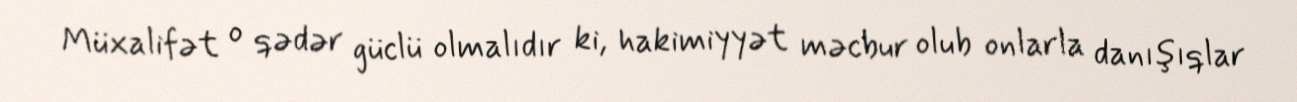
Müxalifət o qədər güclü olmalıdır ki, hakimiyyət məcbur olub onlarla danışıqlar